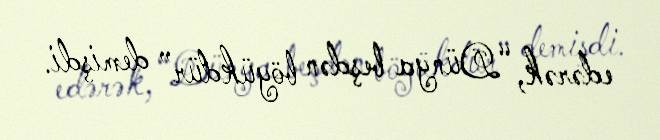
edərək, “Dünya beşdən böyükdür” demişdi.